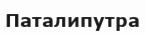
Паталипутра